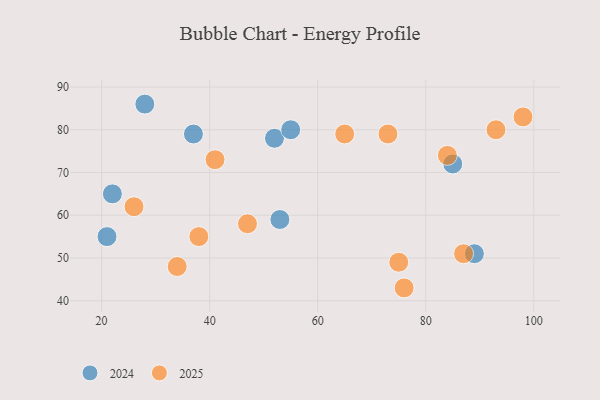
{"axis": {"x": "GDP", "y": "Life Expectancy"}, "legend": ["2024", "2025"], "data": [{"x": "41", "y": 73, "type": "2025"}, {"x": "87", "y": 51, "type": "2025"}, {"x": "93", "y": 80, "type": "2025"}, {"x": "65", "y": 79, "type": "2025"}, {"x": "26", "y": 62, "type": "2025"}, {"x": "75", "y": 49, "type": "2025"}, {"x": "73", "y": 79, "type": "2025"}, {"x": "98", "y": 83, "type": "2025"}, {"x": "34", "y": 48, "type": "2025"}, {"x": "47", "y": 58, "type": "2025"}, {"x": "38", "y": 55, "type": "2025"}, {"x": "76", "y": 43, "type": "2025"}, {"x": "84", "y": 74, "type": "2025"}, {"x": "53", "y": 59, "type": "2024"}, {"x": "85", "y": 72, "type": "2024"}, {"x": "52", "y": 78, "type": "2024"}, {"x": "37", "y": 79, "type": "2024"}, {"x": "55", "y": 80, "type": "2024"}, {"x": "21", "y": 55, "type": "2024"}, {"x": "22", "y": 65, "type": "2024"}, {"x": "28", "y": 86, "type": "2024"}, {"x": "89", "y": 51, "type": "2024"}]}